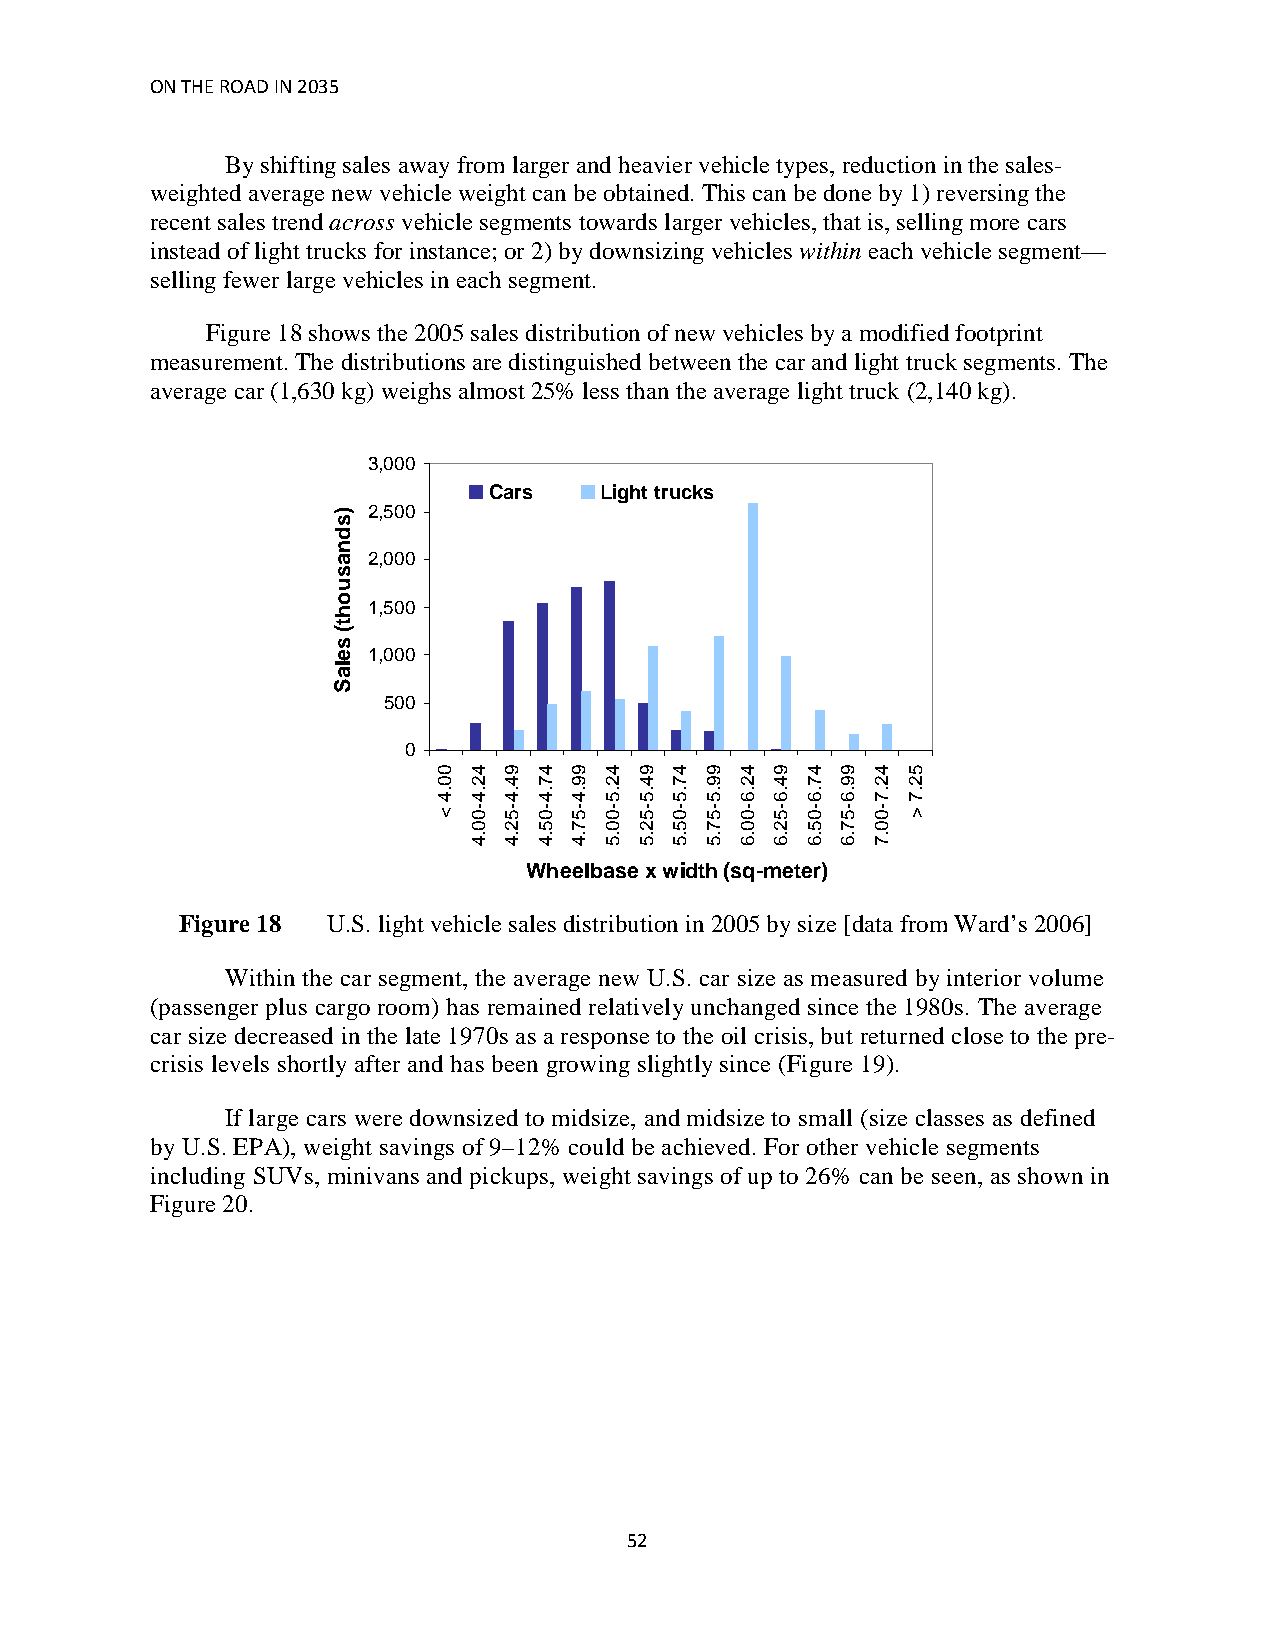
ON THE ROAD IN 2035
 By shifting sales away from larger and heavier vehicle types, reduction in the sales-
 weighted average new vehicle weight can be obtained. This can be done by 1) reversing the
 recent sales trend across vehicle segments towards larger vehicles, that is, selling more cars
 instead of light trucks for instance; or 2) by downsizing vehicles within each vehicle segment—
 selling fewer large vehicles in each segment.
 Figure 18 shows the 2005 sales distribution of new vehicles by a modified footprint
 measurement. The distributions are distinguished between the car and light truck segments. The
 average car (1,630 kg) weighs almost 25% less than the average light truck (2,140 kg).
 3,000
 Cars    Light trucks
 2,500
 2,000
 1,500
 1,000
 500
 0
 Wheelbase x width (sq-meter)
 Figure 18 U.S. light vehicle sales distribution in 2005 by size [data from Ward’s 2006]
 Within the car segment, the average new U.S. car size as measured by interior volume
 (passenger plus cargo room) has remained relatively unchanged since the 1980s. The average
 car size decreased in the late 1970s as a response to the oil crisis, but returned close to the pre-
 crisis levels shortly after and has been growing slightly since (Figure 19).
 If large cars were downsized to midsize, and midsize to small (size classes as defined
 by U.S. EPA), weight savings of 9–12% could be achieved. For other vehicle segments
 including SUVs, minivans and pickups, weight savings of up to 26% can be seen, as shown in
 Figure 20.
 52
 )sdnasuoht(
 selaS
 00.4
 <
 42.4-00.4 94.4-52.4 47.4-05.4 99.4-57.4 42.5-00.5 94.5-52.5 47.5-05.5 99.5-57.5 42.6-00.6 94.6-52.6 47.6-05.6 99.6-57.6 42.7-00.7 52.7
 >